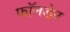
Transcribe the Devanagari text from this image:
फॉनडेर